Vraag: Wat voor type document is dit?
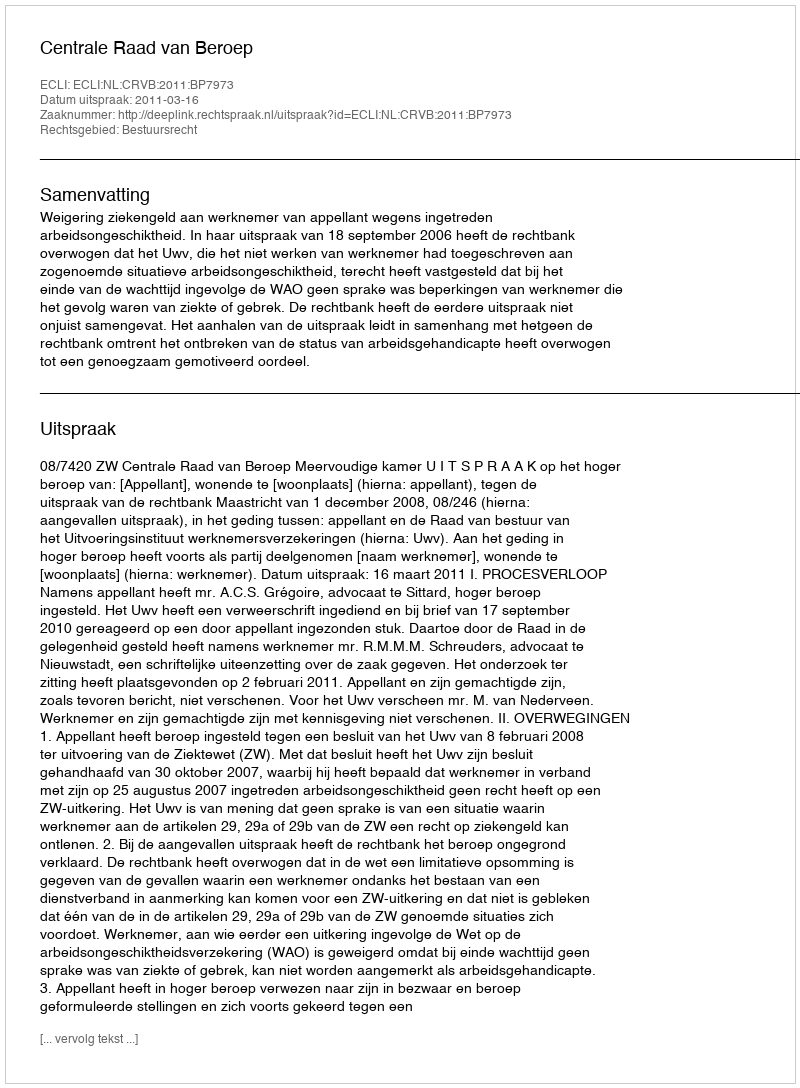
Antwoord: Uitspraak